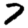
Digit: 7